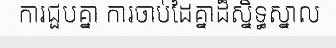
ការជួបគ្នា ការចាប់ដៃគ្នាដ៏ស្និទ្ធស្នាល